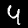
Digit: 4